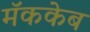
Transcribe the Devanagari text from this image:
मॅककेब